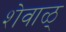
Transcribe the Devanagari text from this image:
शेवाळ्